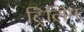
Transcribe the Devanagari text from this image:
ट्रिलिंग